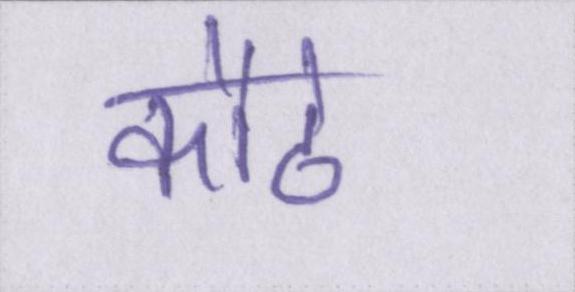
कौवे